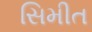
સિમીત